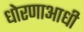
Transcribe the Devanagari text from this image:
धोरणाआधी